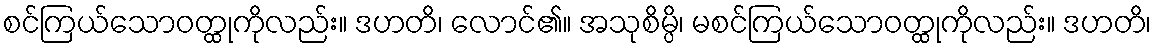
စင်ကြယ်သောဝတ္ထုကိုလည်း။ ဒဟတိ၊ လောင်၏။ အသုစိမ္ပိ၊ မစင်ကြယ်သောဝတ္ထုကိုလည်း။ ဒဟတိ၊